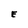
Character: E